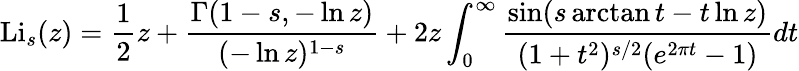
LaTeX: \operatorname{Li}_{s}(z)={\frac{1}{2}}z+{\frac{\Gamma(1-s,-\ln z)}{(-\ln z)^{1-s}}}+2z\int_{0}^{\infty}{\frac{\sin(s\arctan t-t\ln z)}{(1+t^{2})^{s/2}(e^{2\pi t}-1)}}dt